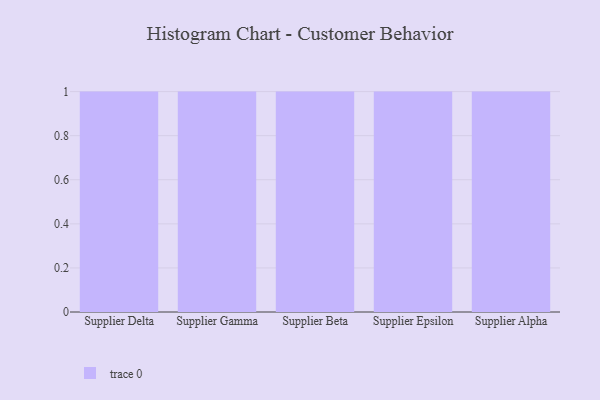
{"axis": {"x": "Supplier", "y": "Page Views"}, "legend": [""], "data": [{"x": "Supplier Delta", "y": 55, "type": ""}, {"x": "Supplier Gamma", "y": 75, "type": ""}, {"x": "Supplier Beta", "y": 54, "type": ""}, {"x": "Supplier Epsilon", "y": 3, "type": ""}, {"x": "Supplier Alpha", "y": 29, "type": ""}]}